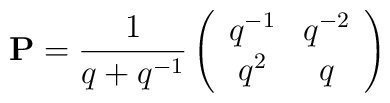
{\bf P}=\frac{1}{q+q^{-1}}\left(\begin{array}{cc}q^{-1}&q^{-2}\\q^{2}&q\end{array}\right)